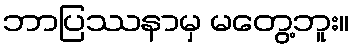
ဘာပြဿနာမှ မတွေ့ဘူး။